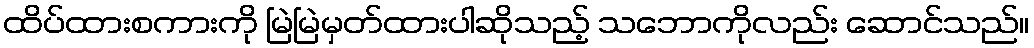
ထိပ်ထားစကားကို မြဲမြဲမှတ်ထားပါဆိုသည့် သဘောကိုလည်း ဆောင်သည်။